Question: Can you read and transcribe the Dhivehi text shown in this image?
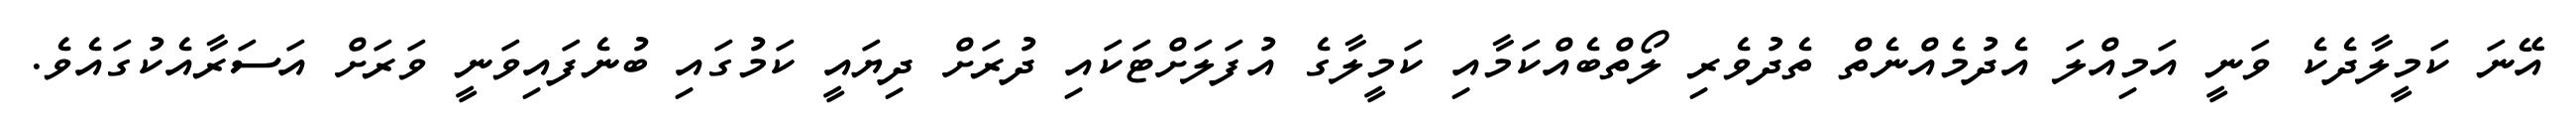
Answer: އޭނަ ކަމީލާދެކެ ވަނީ އަމިއްލަ އެދުމެއްނެތް ތެދުވެރި ލޯތްބެއްކަމާއި ކަމީލާގެ އުފަލަށްޓަކައި ދުރަށް ދިޔައީ ކަމުގައި ބުނެފައިވަނީ ވަރަށް އަސަރާއެކުގައެވެ.